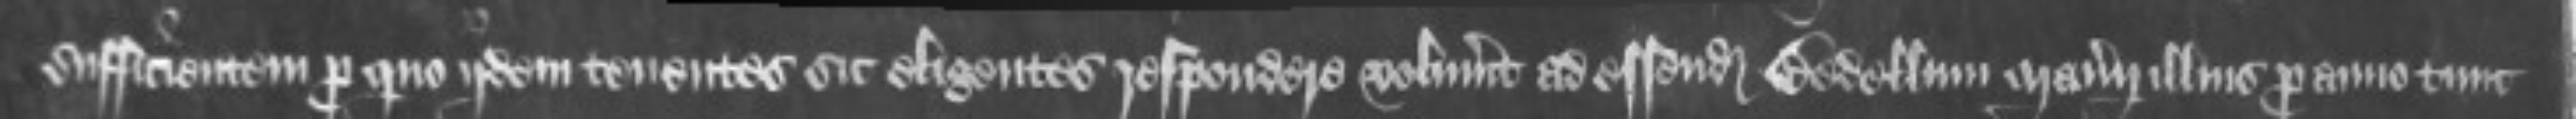
sufficientem pro quo iidem tenentes sic eligentes respondere voluerint ad essendum Bedellum manerii illius pro anno tunc